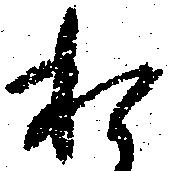
私